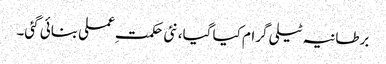
برطانیہ ٹیلی گرام کیا گیا، نئی حکمتِ عملی بنائی گئی۔